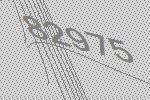
82975